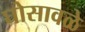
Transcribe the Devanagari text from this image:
घोसावळे